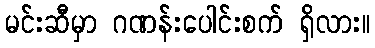
မင်းဆီမှာ ဂဏန်းပေါင်းစက် ရှိလား။